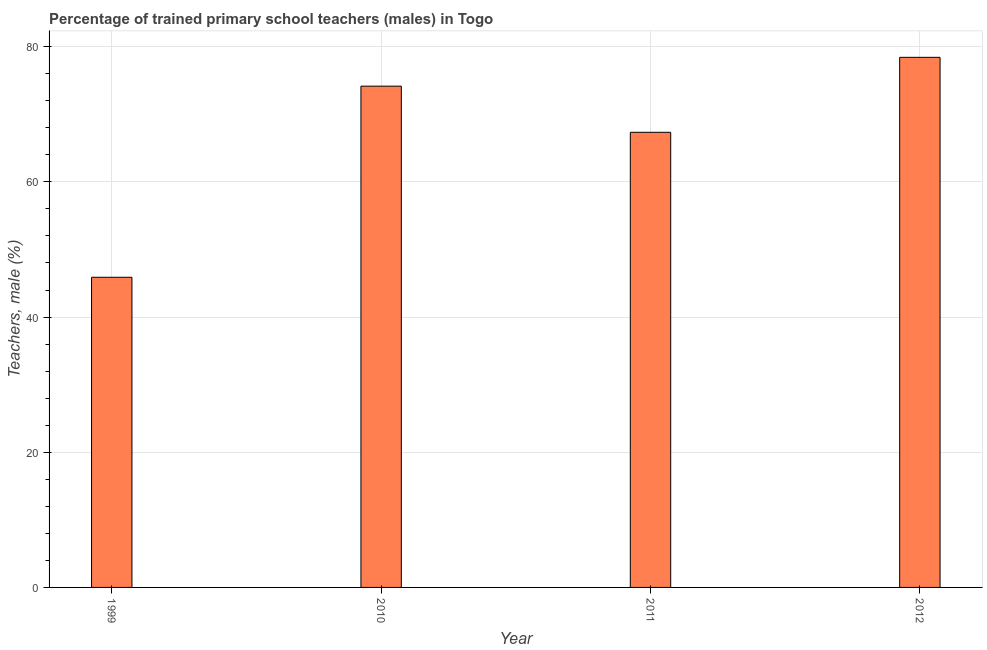
| Year | Trained teachers male |
 | --- | --- |
 | 1999 | 45.9 |
 | 2010 | 74.2 |
 | 2011 | 67.3 |
 | 2012 | 78.4 |